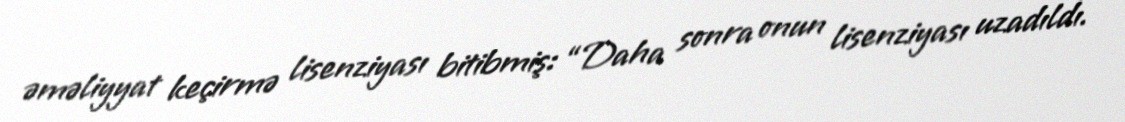
əməliyyat keçirmə lisenziyası bitibmiş: “Daha sonra onun lisenziyası uzadıldı.